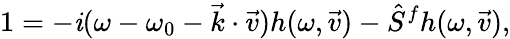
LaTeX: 1=-\mathit{i}(\omega-\omega_{0}-\vec{{k}}\cdot\vec{{v}})h(\omega,\vec{{v}})-\hat{{S}}^{f}h(\omega,\vec{{v}}),